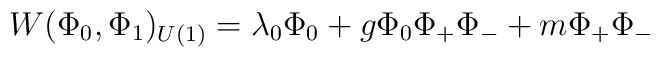
W(\Phi_0,\Phi_1)_{U(1)} = \lambda_0\Phi_0 + g\Phi_0 \Phi_+ \Phi_-+m\Phi_+\Phi_-